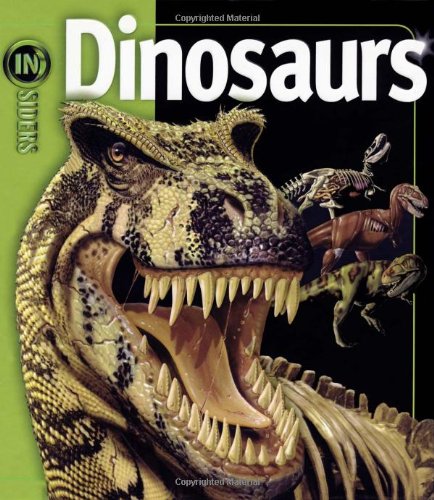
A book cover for Dinosaurs (Insiders); John Long; Children's Books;